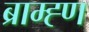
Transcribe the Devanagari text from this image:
ब्राम्ह्ण